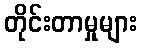
တိုင်းတာမှုများ